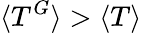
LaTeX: \langle T^{G}\rangle>\langle T\rangle